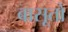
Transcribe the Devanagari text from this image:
बासूतो